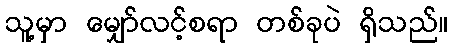
သူ့မှာ မျှော်လင့်စရာ တစ်ခုပဲ ရှိသည်။